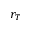
r _ { T }